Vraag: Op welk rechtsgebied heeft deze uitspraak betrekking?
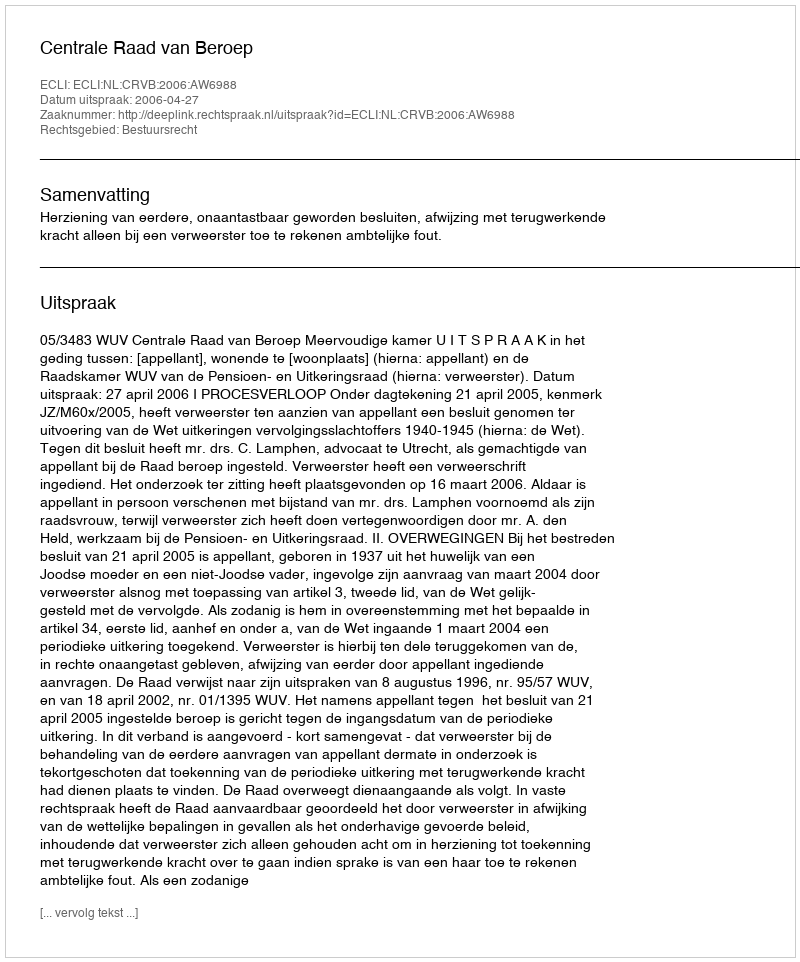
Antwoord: Bestuursrecht